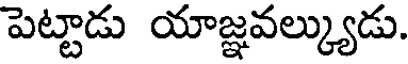
పెట్టాడు యాజ్ఞవల్క్యుడు.